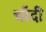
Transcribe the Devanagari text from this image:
चाॅदी